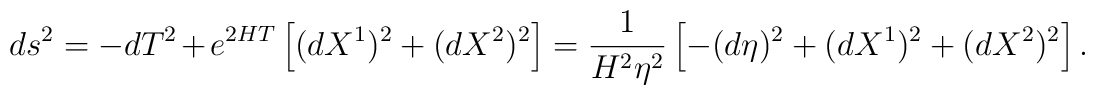
ds^2 = -dT^2 + e^{2HT}\left[ (dX^1)^2 + (dX^2)^2 \right] =\frac{1}{H^2\eta^2}\left[ -(d\eta)^2 + (dX^1)^2 + (dX^2)^2 \right].